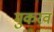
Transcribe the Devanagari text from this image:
मुकरव